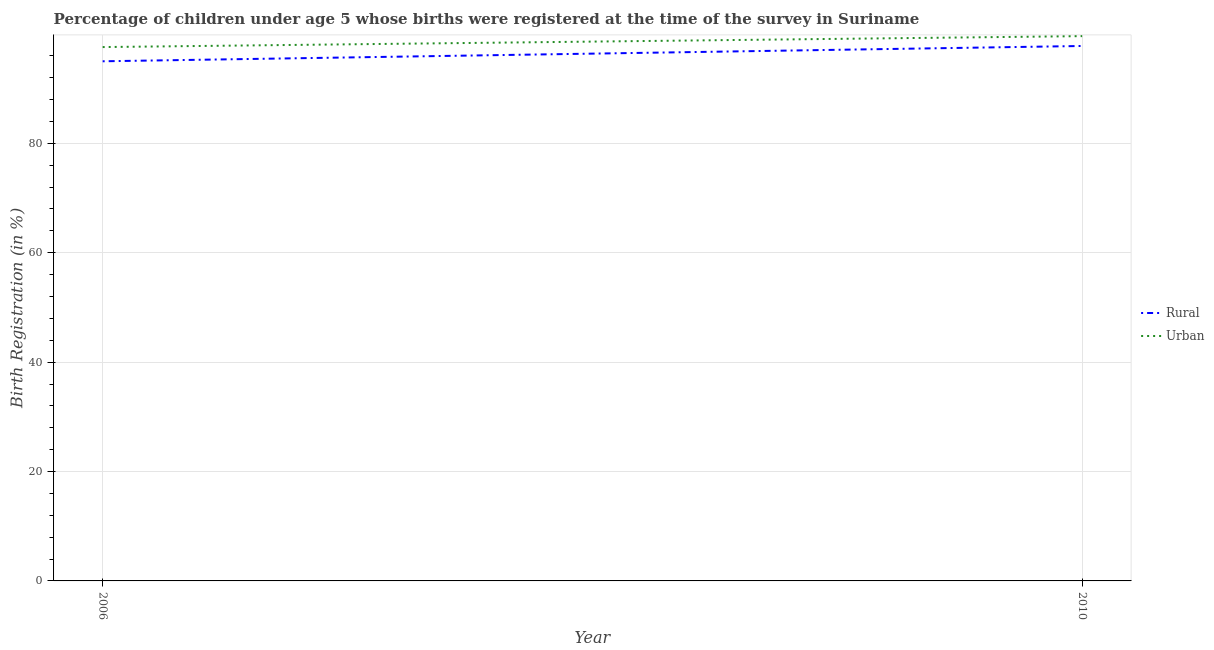
| Year | Rural | Urban |
 | --- | --- | --- |
 | 2006 | 95 | 97.6 |
 | 2010 | 97.8 | 99.6 |